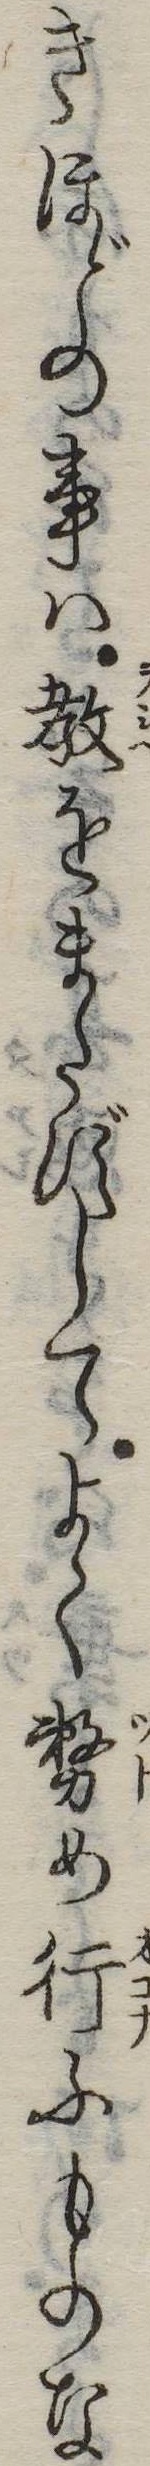
きほどの事は教をまたずしてよく務め行ふものな